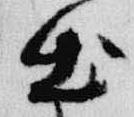
出